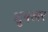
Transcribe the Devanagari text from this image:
शुयलर